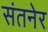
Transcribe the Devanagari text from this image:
संतनेर